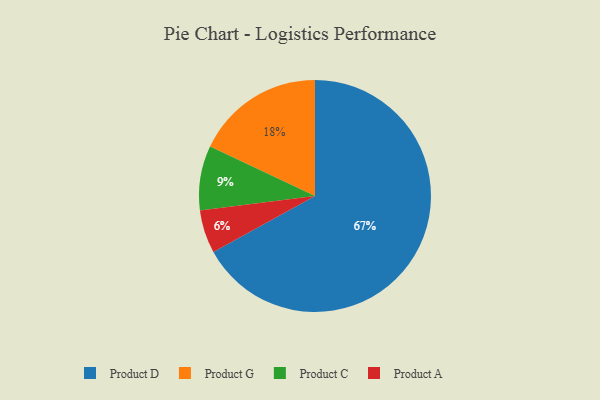
{"axis": {"x": "Category", "y": "Percentage"}, "legend": ["Product A", "Product C", "Product D", "Product G"], "data": [{"x": "Product A", "y": 6, "type": "Product A"}, {"x": "Product C", "y": 9, "type": "Product C"}, {"x": "Product G", "y": 18, "type": "Product G"}, {"x": "Product D", "y": 67, "type": "Product D"}]}